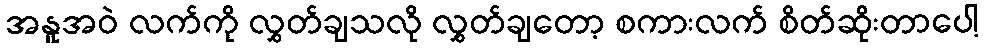
အနူအဝဲ လက်ကို လွှတ်ချသလို လွှတ်ချတော့ စကားလက် စိတ်ဆိုးတာပေါ့